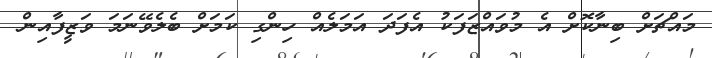
މައްޗަށް ބިނާކޮށް އެ މުވައްޒަފަކު އެފަދަ އަމަލެއް ހިންގި ކަމަށް ބެލެވޭނަމަ ވަޒީފާއިން